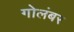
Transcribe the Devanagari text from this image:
गोलंबर